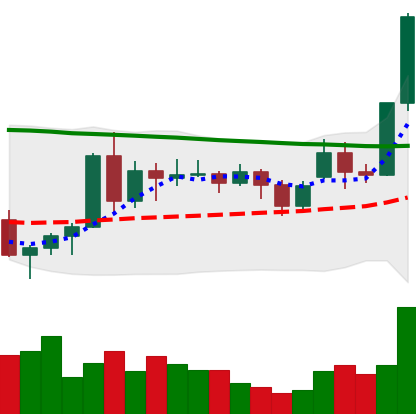
Ticker: ADA-USD
Chart end date: 2020-11-21
Forward return: 4.014%
Label: up_3_5